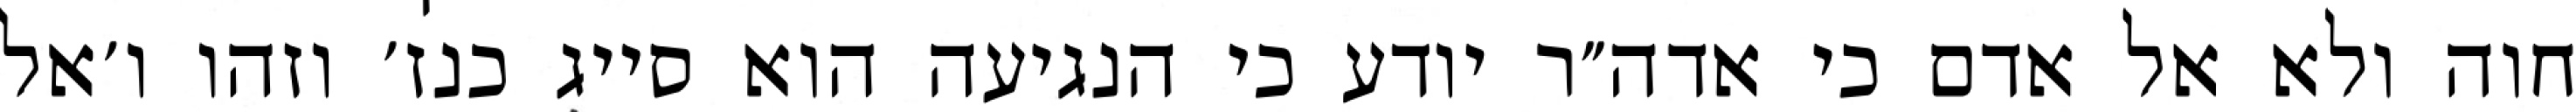
חוה ולא אל אדם כי אדה״ר יודע כי הנגיעה הוא סייג כנז׳ וזהו ו׳אל